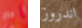
داج اندروز